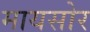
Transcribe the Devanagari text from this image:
मायसोर